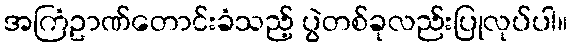
အကြံဥာဏ်တောင်းခံသည့် ပွဲတစ်ခုလည်းပြုလုပ်ပါ။